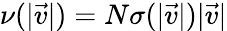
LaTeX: \nu(|\vec{v}|)=N\sigma(|\vec{v}|)|\vec{v}|